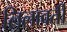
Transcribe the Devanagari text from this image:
लिलावती